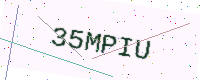
Text: 35MPIU